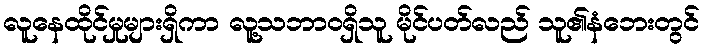
လူနေထိုင်မှုများရှိကာ လူ့သဘာဝရှိသူ မိုင်ပတ်လည် သူ၏နံဘေးတွင်